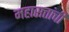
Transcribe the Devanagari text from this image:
महासत्तांची